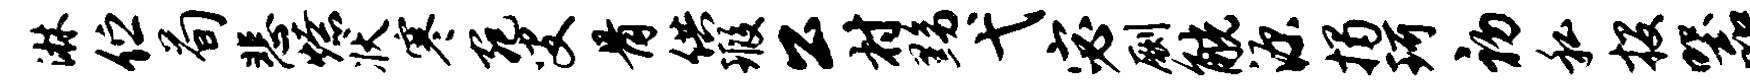
淋伫荀悲燎状寒宛叟骨供瑕公村黝弋宓劂觥源揭珂初私投器